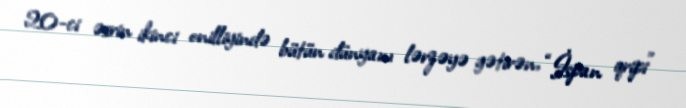
20-ci əsrin ikinci onilliyində bütün dünyanı lərzəyə gətirən, “İspan qripi”